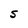
Character: s